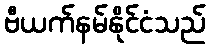
ဗီယက်နမ်နိုင်ငံသည်